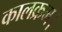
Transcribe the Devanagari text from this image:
कालक्रम।